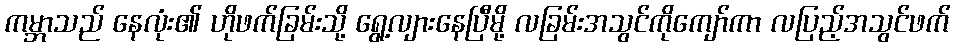
ကမ္ဘာသည် နေလုံး၏ ဟိုဖက်ခြမ်းသို့ ရွေ့လျားနေပြီမို့ လခြမ်းအသွင်ကိုကျော်ကာ လပြည့်အသွင်ဖက်